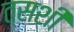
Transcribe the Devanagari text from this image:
त्सशी